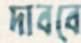
দাববে